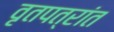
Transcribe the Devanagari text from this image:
वृतपत्रांत